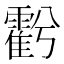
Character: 𮦱